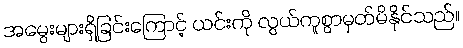
အမွေးများရှိခြင်းကြောင့် ယင်းကို လွယ်ကူစွာမှတ်မိနိုင်သည်။